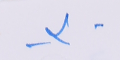
-٣-